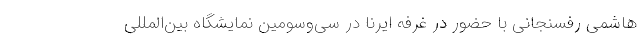
هاشمی رفسنجانی با حضور در غرفه ایرنا در سی‌وسومین نمایشگاه بین‌المللی